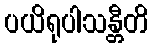
ပယိရုပါသန္တီတိ